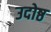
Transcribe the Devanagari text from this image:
उदोष्ठ